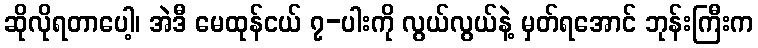
ဆိုလိုရတာပေါ့၊ အဲဒီ မေထုန်ငယ် ၇-ပါးကို လွယ်လွယ်နဲ့ မှတ်ရအောင် ဘုန်းကြီးက